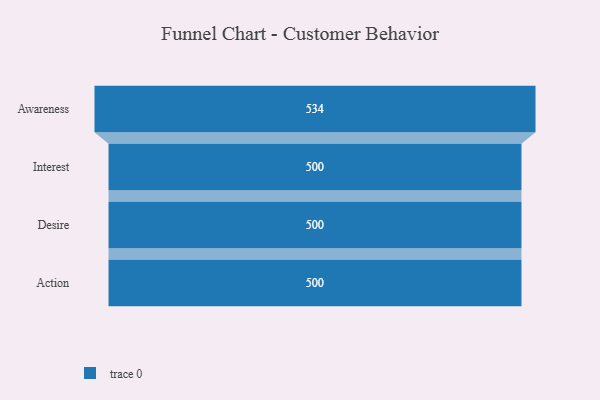
{"axis": {"x": "Stage", "y": "Value"}, "legend": [""], "data": [{"x": "Awareness", "y": 534.0, "type": ""}, {"x": "Interest", "y": 500, "type": ""}, {"x": "Desire", "y": 500, "type": ""}, {"x": "Action", "y": 500, "type": ""}]}